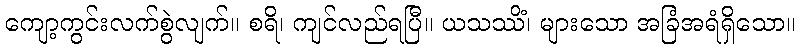
ကျော့ကွင်းလက်စွဲလျက်။ စရိ၊ ကျင်လည်ရပြီ။ ယသဿိံ၊ များသော အခြံအရံရှိသော။